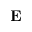
{ \mathbf E }